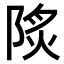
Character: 𨹾